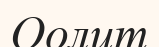
Оолит